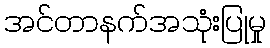
အင်တာနက်အသုံးပြုမှု